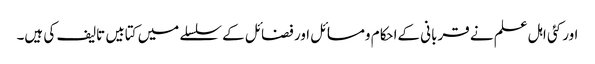
اور کئی اہل علم نے قربانی کےاحکام ومسائل اور فضائل کے سلسلے میں کتابیں تالیف کی ہیں۔